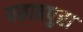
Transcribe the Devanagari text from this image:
पछातपुरा